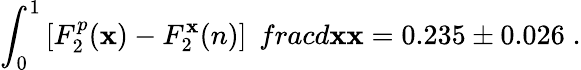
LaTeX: \int_{0}^{1}\left[F_{2}^{p}(\mathbf{x})-F_{2}^{\mathbf{x}}(n)\right]\; \, frac{d\mathbf{x}}{\mathbf{x}}=0.235\pm0.026\; .